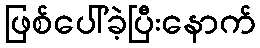
ဖြစ်ပေါ်ခဲ့ပြီးနောက်